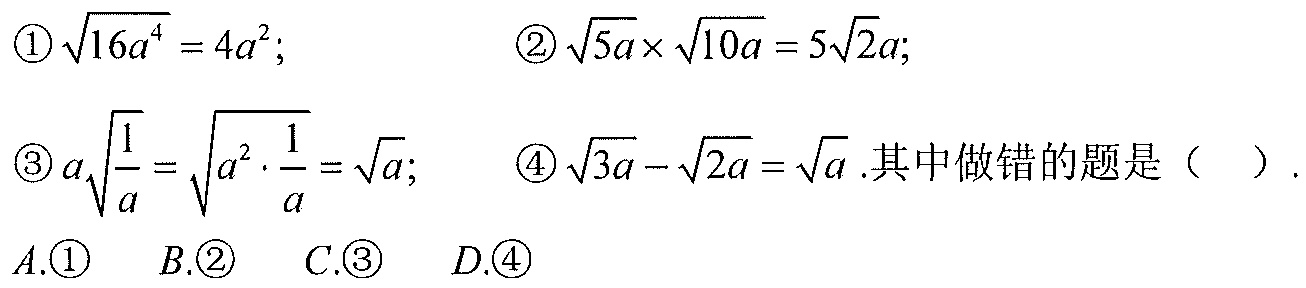
\begin{align*}
&\textcircled{1}\sqrt{16a^{4}} = 4a^{2};&&\textcircled{2}\sqrt{5a}\times\sqrt{10a}=5\sqrt{2}a;\\
&\textcircled{3}a\sqrt{\frac{1}{a}}=\sqrt{a^{2}\cdot\frac{1}{a}}=\sqrt{a};&&\textcircled{4}\sqrt{3a}-\sqrt{2a}=\sqrt{a}.\text{其中做错的题是（  ）}.
\end{align*}
\(A.\textcircled{1}\) \(B.\textcircled{2}\) \(C.\textcircled{3}\) \(D.\textcircled{4}\)